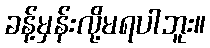
ခန့်မှန်းလို့မရပါဘူး။